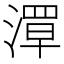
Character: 𬈪